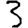
Digit: 3